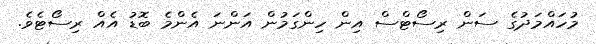
މުހައްމަދުގެ ސަން ރިސޯޓްސް އިން ހިންގަމުން އަންނަ އެންމެ ބޮޑު އެއް ރިސޯޓެވެ.